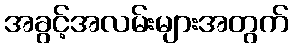
အခွင့်အလမ်းများအတွက်